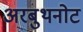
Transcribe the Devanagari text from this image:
अरबुथनोट